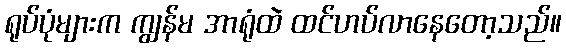
ရုပ်ပုံများက ကျွန်မ အာရုံထဲ ထင်ဟပ်လာနေတော့သည်။